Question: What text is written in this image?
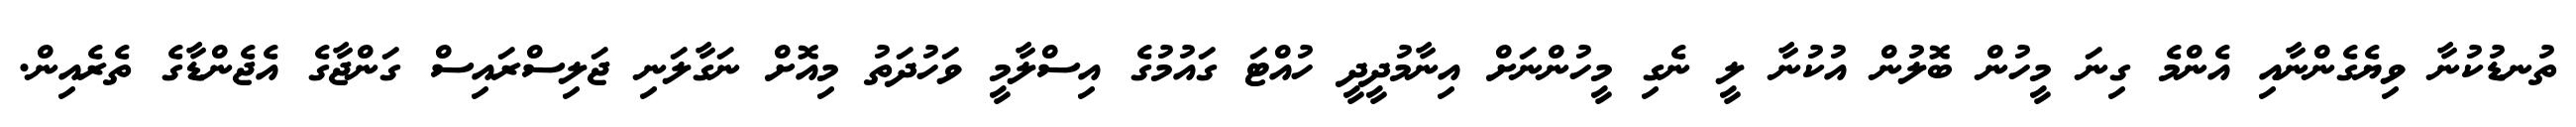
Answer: ތުނޑުކުނާ ވިޔެގެންނާއި އެންމެ ގިނަ މީހުން ބޮލުން އުކުނާ ލީ ނެގި މީހުންނަށް އިނާމުދީދީ ހުއްޓަ ގައުމުގެ އިސްލާމީ ވަހުދަތު މިއޮށް ނަގާލަނި ޖަލިސްރައިސް ގަންޖާގެ އެޖެންޑާގެ ތެރެއިން.